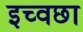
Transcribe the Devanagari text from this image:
इच्वछा